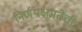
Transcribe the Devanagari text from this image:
निर्णयक्षमतेची